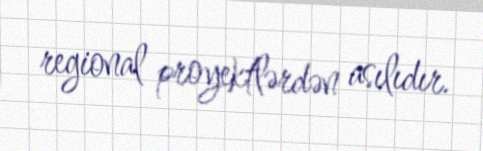
regional proyektlərdən asılıdır.